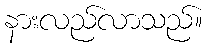
နားလည်လာသည်။